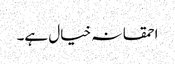
احمقانہ خیال ہے۔